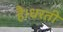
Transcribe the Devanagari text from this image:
है।धरती